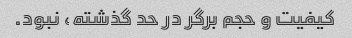
کیفیت و حجم برگر در حد گذشته، نبود.